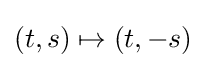
(t,s)\mapsto (t,-s)